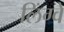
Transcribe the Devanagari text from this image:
लिंग्वे